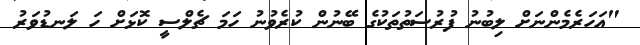
"އަހަރެމެންނަށް ލިބުނު ފުރުސަތުތަކުގެ ބޭނުން ކުރެވުނު ހަމަ ޗެލްސީ ކޮޅަށް ހަ ލަނޑުވަރު